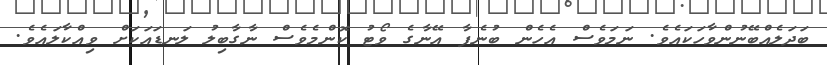
ބަދަލެއްބޭނުންވާހަކައެވެ. ނަމަވެސް އެހެން ބުނެފާ އޭނާގެ ވޯޓު ކޮންމެވެސް ނާގާބިލު ލަނޑައަކަށް ވިއްކާލައެވެ.